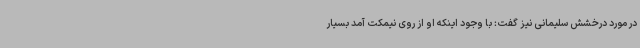
در مورد درخشش سلیمانی نیز گفت: با وجود اینکه او از روی نیمکت آمد بسیار